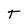
Character: T